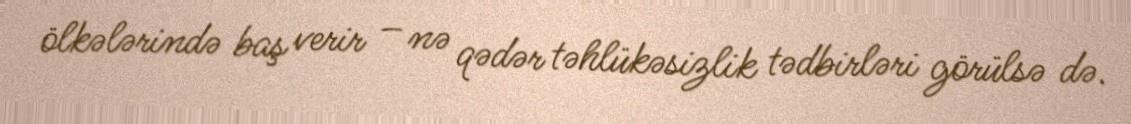
ölkələrində baş verir – nə qədər təhlükəsizlik tədbirləri görülsə də.